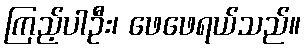
ကြည့်ပါဦး၊ ဖေဖေရယ်သည်။